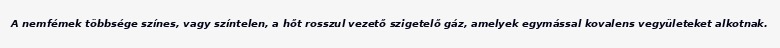
A nemfémek többsége színes, vagy színtelen, a hőt rosszul vezető szigetelő gáz, amelyek egymással kovalens vegyületeket alkotnak.